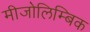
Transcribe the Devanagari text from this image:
मीजोलिम्बिक